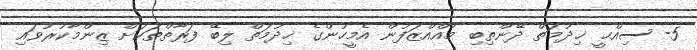
5- ސިއްޙީ ޚިދުމަތް ދޭންތިބި މުއްއްޒަފުން އެމީހުންގެ ޚިދުމަތް ލިބޭ ފަރާތްތަކަށް ޒިންމާކުރުވައި